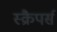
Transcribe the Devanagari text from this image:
स्क्रैपर्स